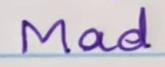
Mad